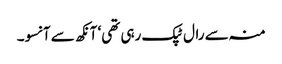
منہ سے رال ٹپک رہی تھی‘ آنکھ سے آنسو۔